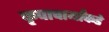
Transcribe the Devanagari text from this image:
कृपाचार्यांकडे